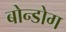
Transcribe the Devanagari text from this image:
बोन्डोग